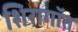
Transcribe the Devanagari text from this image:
शिरागॉत